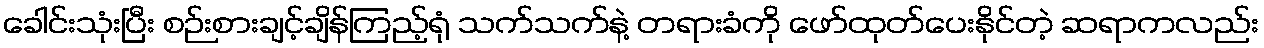
ခေါင်းသုံးပြီး စဉ်းစားချင့်ချိန်ကြည့်ရုံ သက်သက်နဲ့ တရားခံကို ဖော်ထုတ်ပေးနိုင်တဲ့ ဆရာကလည်း